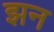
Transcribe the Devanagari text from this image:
झन